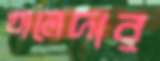
খালেদার